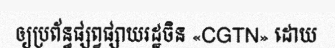
ឲ្យប្រព័ន្ធផ្សព្វផ្សាយរដ្ឋចិន «CGTN» ដោយ